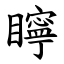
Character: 矃